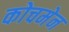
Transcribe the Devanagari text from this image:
कोचमेन